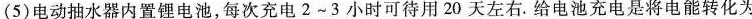
(5)电动抽水器内置锂电池，每次充电2~3小时可待用20天左右。给电池充电是将电能转化为